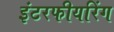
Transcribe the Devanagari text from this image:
इंटरफीयरिंग